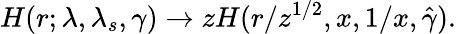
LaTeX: H(r;\lambda,\lambda_{s},\gamma)\to zH(r/z^{1/2},x,1/x,\hat{\gamma}).